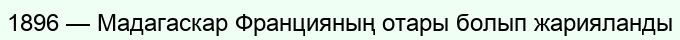
1896 — Мадагаскар Францияның отары болып жарияланды